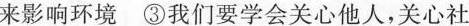
行动来影响环境 ③我们要学会关心他人，关心社